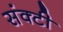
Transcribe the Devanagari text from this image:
संक्टी